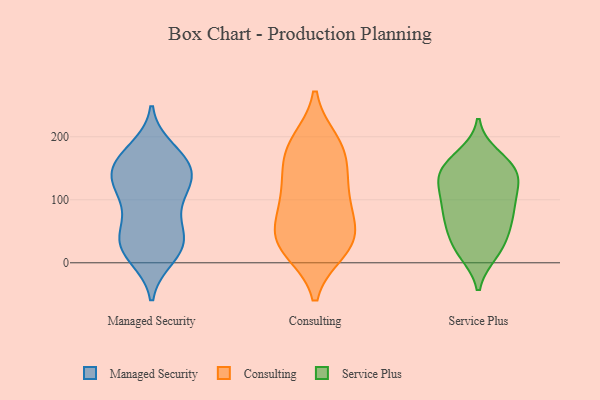
{"axis": {"x": "Operating Costs (USD K)", "y": "Value"}, "legend": ["Consulting", "Managed Security", "Service Plus"], "data": [{"x": "", "y": 43, "type": "Managed Security"}, {"x": "", "y": 54, "type": "Managed Security"}, {"x": "", "y": 28, "type": "Managed Security"}, {"x": "", "y": 110, "type": "Managed Security"}, {"x": "", "y": 21, "type": "Managed Security"}, {"x": "", "y": 164, "type": "Managed Security"}, {"x": "", "y": 41, "type": "Managed Security"}, {"x": "", "y": 112, "type": "Managed Security"}, {"x": "", "y": 126, "type": "Managed Security"}, {"x": "", "y": 158, "type": "Managed Security"}, {"x": "", "y": 142, "type": "Managed Security"}, {"x": "", "y": 179, "type": "Managed Security"}, {"x": "", "y": 163, "type": "Managed Security"}, {"x": "", "y": 88, "type": "Managed Security"}, {"x": "", "y": 21, "type": "Managed Security"}, {"x": "", "y": 147, "type": "Managed Security"}, {"x": "", "y": 10, "type": "Managed Security"}, {"x": "", "y": 132, "type": "Managed Security"}, {"x": "", "y": 73, "type": "Consulting"}, {"x": "", "y": 178, "type": "Consulting"}, {"x": "", "y": 28, "type": "Consulting"}, {"x": "", "y": 156, "type": "Consulting"}, {"x": "", "y": 101, "type": "Consulting"}, {"x": "", "y": 40, "type": "Consulting"}, {"x": "", "y": 34, "type": "Consulting"}, {"x": "", "y": 191, "type": "Consulting"}, {"x": "", "y": 183, "type": "Consulting"}, {"x": "", "y": 105, "type": "Consulting"}, {"x": "", "y": 21, "type": "Consulting"}, {"x": "", "y": 125, "type": "Consulting"}, {"x": "", "y": 41, "type": "Consulting"}, {"x": "", "y": 41, "type": "Service Plus"}, {"x": "", "y": 144, "type": "Service Plus"}, {"x": "", "y": 85, "type": "Service Plus"}, {"x": "", "y": 102, "type": "Service Plus"}, {"x": "", "y": 16, "type": "Service Plus"}, {"x": "", "y": 21, "type": "Service Plus"}, {"x": "", "y": 84, "type": "Service Plus"}, {"x": "", "y": 59, "type": "Service Plus"}, {"x": "", "y": 169, "type": "Service Plus"}, {"x": "", "y": 106, "type": "Service Plus"}, {"x": "", "y": 120, "type": "Service Plus"}, {"x": "", "y": 19, "type": "Service Plus"}, {"x": "", "y": 136, "type": "Service Plus"}, {"x": "", "y": 160, "type": "Service Plus"}, {"x": "", "y": 141, "type": "Service Plus"}, {"x": "", "y": 154, "type": "Service Plus"}, {"x": "", "y": 137, "type": "Service Plus"}, {"x": "", "y": 74, "type": "Service Plus"}, {"x": "", "y": 59, "type": "Service Plus"}]}